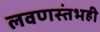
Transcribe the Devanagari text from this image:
लवणस्तंभही